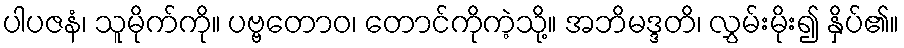
ပါပဇနံ၊ သူမိုက်ကို။ ပဗ္ဗတောဝ၊ တောင်ကိုကဲ့သို့။ အဘိမဒ္ဒတိ၊ လွှမ်းမိုး၍ နှိပ်၏။